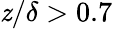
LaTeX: \mathit{z}/\delta>0.7